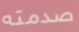
صدمته